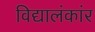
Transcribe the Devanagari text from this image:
विद्यालंकांर